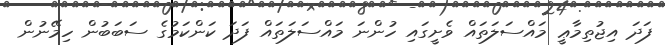
ފަދަ އިޖުތިމާޢީ މައްސަލަތައް ވެށީގައި ހުންނަ މައްސަލަތައް ފަދަ ކަންކަމުގެ ސަބަބުން ހިމޭނުން